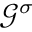
{ \mathcal G } ^ { \sigma }